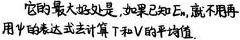
它的最大好处是，如果已知\(E_n\)，就不用再